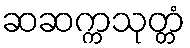
ဆဆက္ကသုတ္တံ